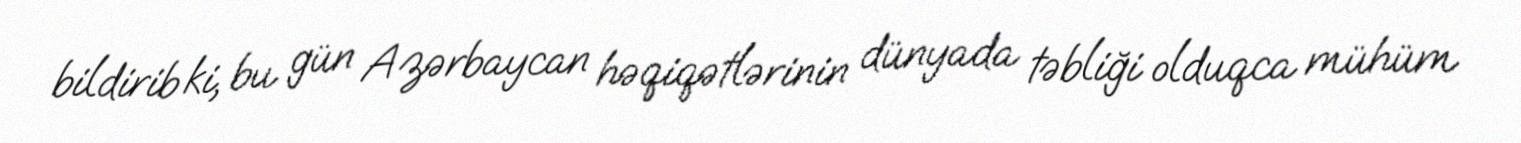
bildirib ki, bu gün Azərbaycan həqiqətlərinin dünyada təbliği olduqca mühüm